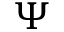
\Psi